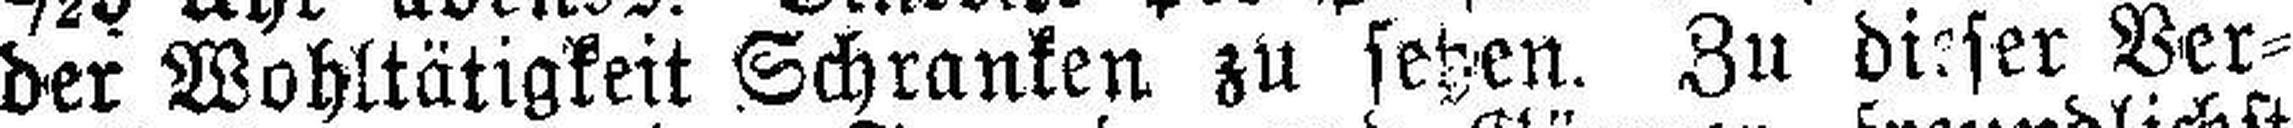
der Wohltätigkeit Schranken zu setzen. Zu dieser Ver¬